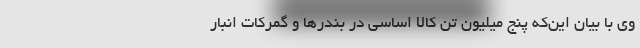
وی با بیان این‌که پنج میلیون تن کالا اساسی در بندرها و گمرکات انبار